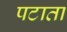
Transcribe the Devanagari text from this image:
पटाता